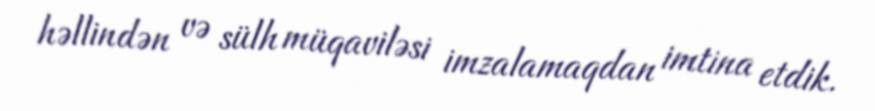
həllindən və sülh müqaviləsi imzalamaqdan imtina etdik.